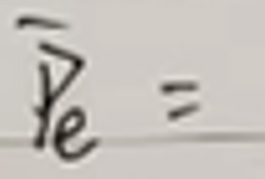
$\overrightarrow{\gamma}_e =$